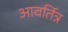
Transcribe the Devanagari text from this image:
आवर्तित्र